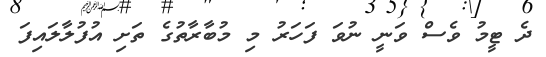
ދެ ޓީމު ވެސް ވަނީ ނުވަ ފަހަރު މި މުބާރާތުގެ ތަށި އުފުލާލައިފަ